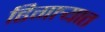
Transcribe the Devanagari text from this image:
ढिगार्‍यात